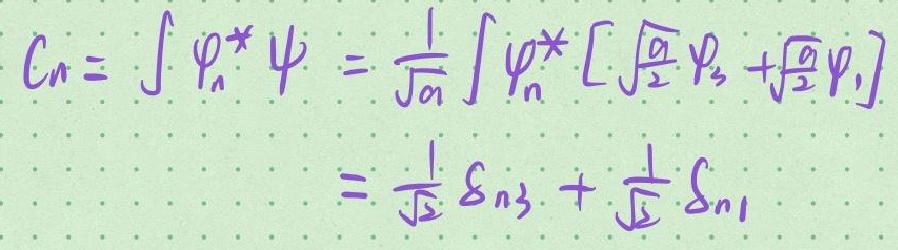
\[ C_n = \int \varphi_n^* \psi = \frac{1}{\sqrt{a}} \int \varphi_n^* \left[ \sqrt{\frac{a}{2}} \varphi_3 + \sqrt{\frac{a}{2}} \varphi_1 \right] = \frac{1}{\sqrt{2}} \delta_{n3} + \frac{1}{\sqrt{2}} \delta_{n1} \]